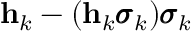
\mathbf h _ { k } - ( \mathbf h _ { k } \pmb { \sigma } _ { k } ) \pmb { \sigma } _ { k }